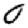
Digit: 0